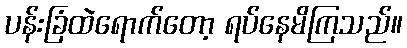
ပန်းခြံထဲရောက်တော့ ရပ်နေမိကြသည်။